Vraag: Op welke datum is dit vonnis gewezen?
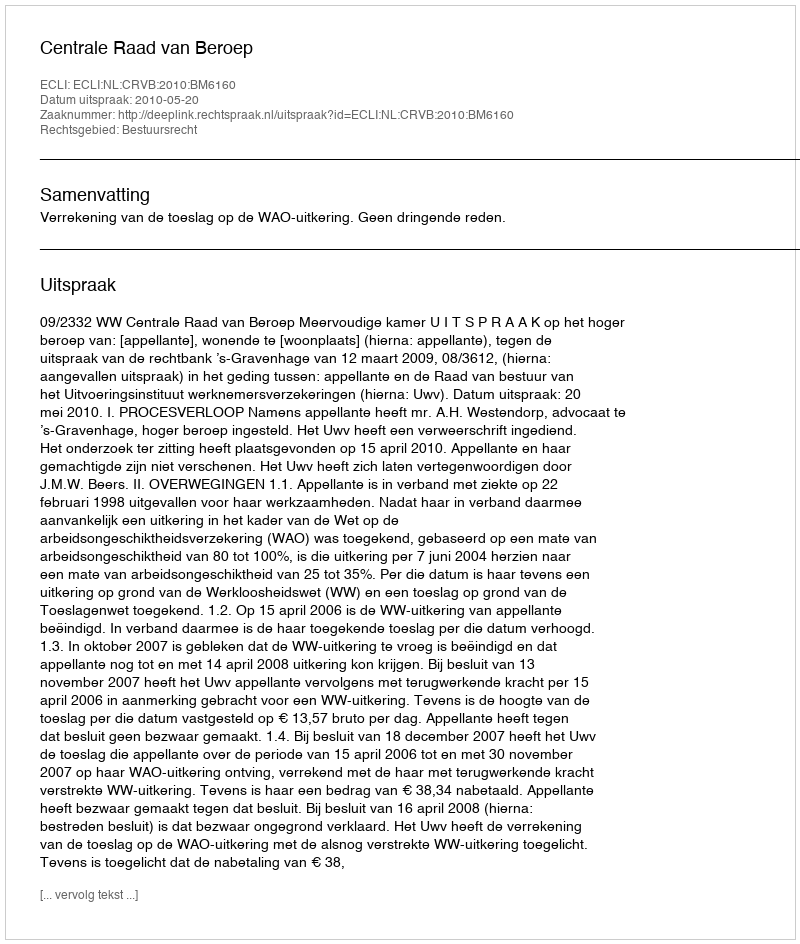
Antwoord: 2010-05-20